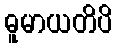
ဓူမာယတိပိ